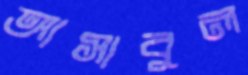
আসাবুল